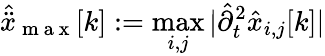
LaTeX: \hat{\ddot{x}}_{\mathrm{~m~a~x~}}[k]:=\operatorname*{max}_{i,j}|\hat{\partial}_{t}^{2}\hat{x}_{i,j}[k]|